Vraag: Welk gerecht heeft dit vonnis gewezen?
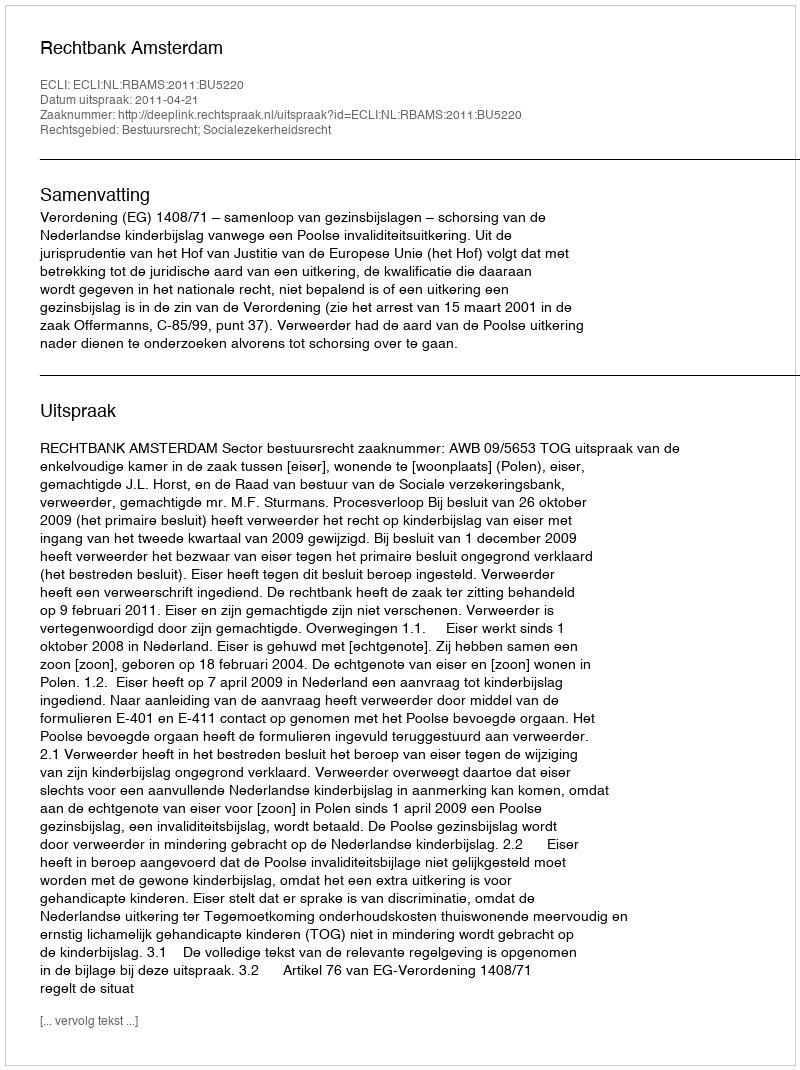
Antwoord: Rechtbank Amsterdam